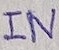
Text: IN